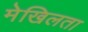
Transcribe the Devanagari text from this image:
मेखिलता